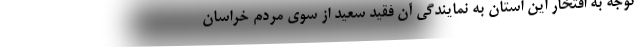
توجه به افتخار این استان به نمایندگی آن فقید سعید از سوی مردم خراسان